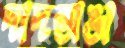
দাদভাঙা